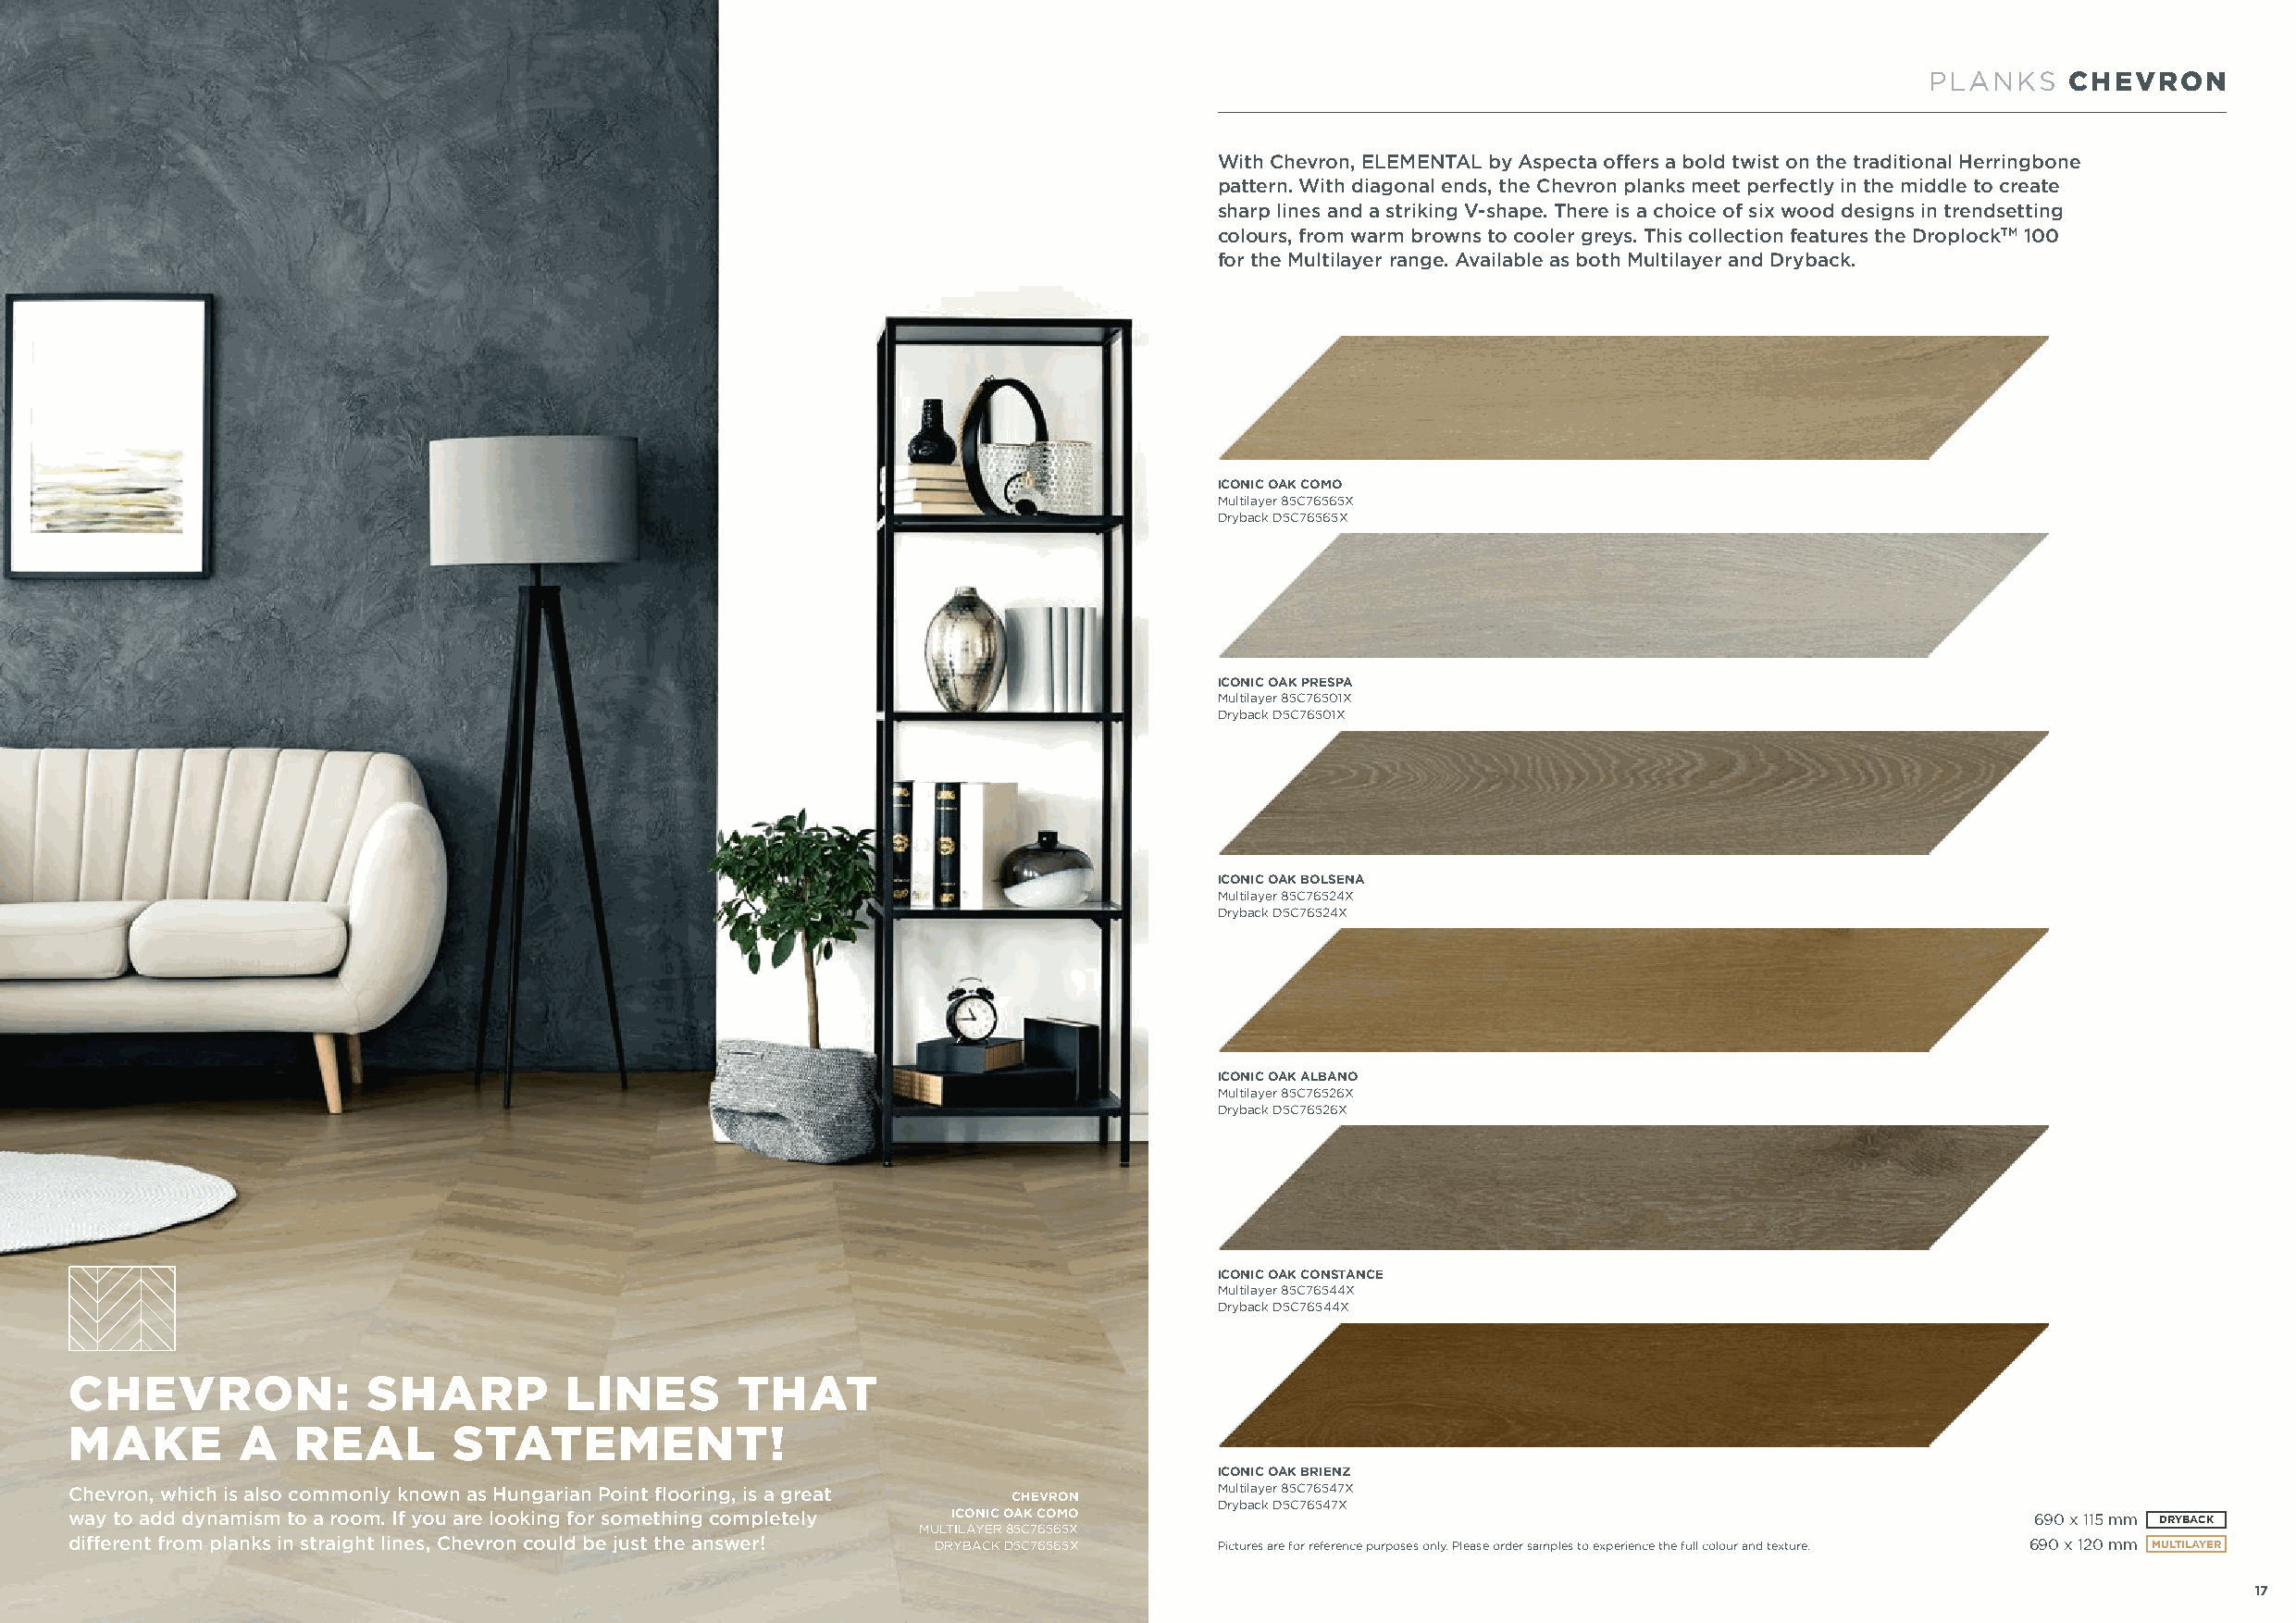
PLANKS    CHEVRON
 With Chevron, ELEMENTAL by Aspecta offers a bold twist on the traditional Herringbone
 pattern. With diagonal ends, the Chevron planks meet perfectly in the middle to create
 sharp lines and a striking V-shape. There is a choice of six wood designs in trendsetting
 colours, from warm browns to cooler greys. This collection features the DroplockTM 100
 for the Multilayer range. Available as both Multilayer and Dryback.
 ICONIC OAK COMO
 Multilayer 85C76565X
 Dryback D5C76565X
 ICONIC OAK PRESPA
 Multilayer 85C76501X
 Dryback D5C76501X
 ICONIC OAK BOLSENA
 Multilayer 85C76524X
 Dryback D5C76524X
 ICONIC OAK ALBANO
 Multilayer 85C76526X
 Dryback D5C76526X
 ICONIC OAK CONSTANCE
 Multilayer 85C76544X
 Dryback D5C76544X
 CHEVRON
 CHEVRON:             SHARP         LINES        THAT
 MAKE        A   REAL       STATEMENT!
 ICONIC OAK BRIENZ
 Chevron, which is also commonly known as Hungarian Point flooring, is a great CHEVRON Multilayer 85C76547X
 Dryback D5C76547X
 way to add dynamism to a room. If you are looking for something completely ICONIC OAK COMO                                                   690 x 115 mm DRYBACK
 MULTILAYER 85C76565X
 different from planks in straight lines, Chevron could be just the answer! DRYBACK D5C76565X Pictures are for reference purposes only. Please order samples to experience the full colour and texture. 690 x 120 mm MULTILAYER
 16                                                                                                                                                             17